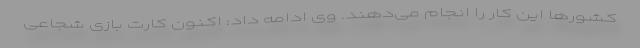
کشورها این کار را انجام می‌دهند. وی ادامه داد: اکنون کارت بازی شجاعی